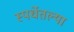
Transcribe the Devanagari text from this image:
स्पर्धेतल्या